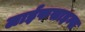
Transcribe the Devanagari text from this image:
लाईफसाइन्स